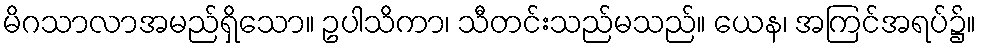
မိဂသာလာအမည်ရှိသော။ ဥပါသိကာ၊ သီတင်းသည်မသည်။ ယေန၊ အကြင်အရပ်၌။